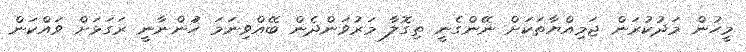
މީހުން މަދުކުރަން ޖަމިއްޔާތަކަށް ނޭންގެނީ ތިގޮލާ މަރުވަންދެން ބޭއްވިނަމަ ހުަންނާނީ ރަގަޅަށް ވައްކަން